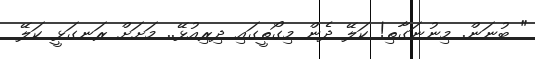
" ބުނަން. މިނުނަގާތި! ކަލޭ ދެން މިގޯތީގައި ދިރިއުޅޭ.. މަށަށް ރަނގަޅީ ކަލޭ